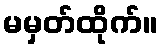
မမှတ်ထိုက်။